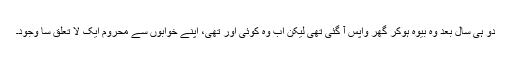
دو ہی سال بعد وہ بیوہ ہوکر گھر واپس آ گئی تھی لیکن اب وہ کوئی اور تھی، اپنے خوابوں سے محروم ایک لا تعلق سا وجود۔